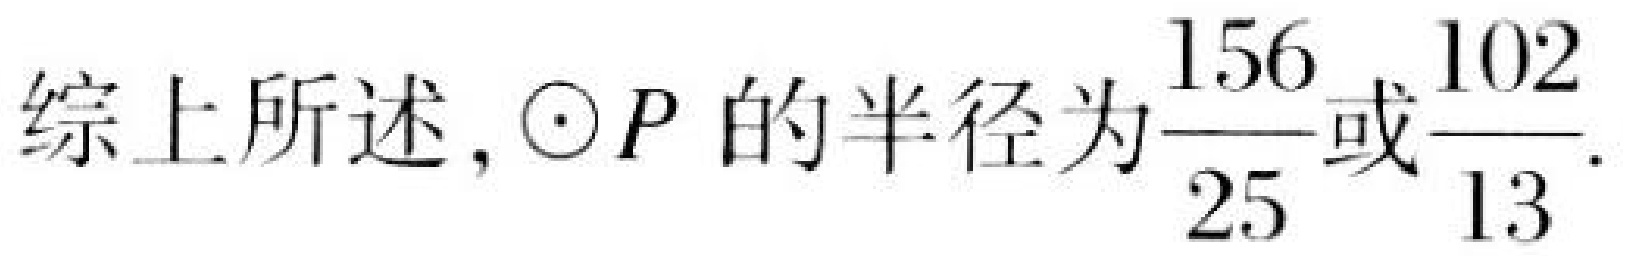
综上所述, \(\odot P\) 的半径为\(\frac{156}{25}\)或\(\frac{102}{13}\).